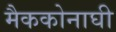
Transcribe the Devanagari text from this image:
मैककोनाघी